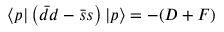
\langle p | \left( \bar { d } d - \bar { s } s \right) | p \rangle = - ( D + F )